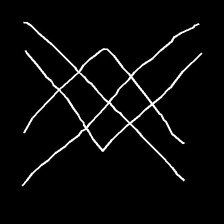
Glyph: crystal